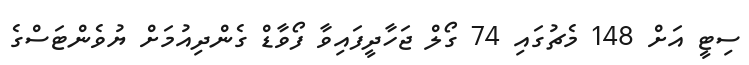
ސިޓީ އަށް 148 މެޗުގައި 74 ގޯލް ޖަހާދީފައިވާ ފޯވާޑް ގެންދިއުމަށް ޔުވެންޓަސްގެ